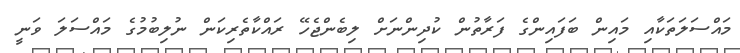
މައްސަލަތަކާއި މައިން ބަފައިންގެ ފަރާތުން ކުދިންނަށް ލިބެންޖެހޭ ރައްކާތެރިކަން ނުލިބުމުގެ މައްސަލަ ވަނީ